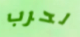
لحرب